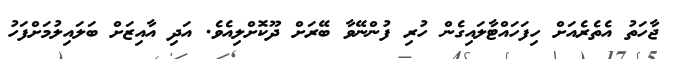
ޖާހަތު އެތެރެއަށް ހިފަހައްޓާލައިގެން ހުރި ފުންނޭވާ ބޭރަށް ދޫކޮށްލިއެވެ. އަދި އާއިޒަށް ބަލައިލުމަށްފަހު